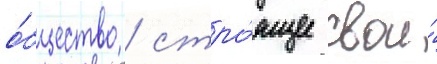
о́бщество / стро́ящее свои́